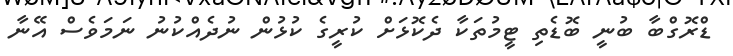
ޑްރޮގްބާ ބުނީ ބޮޑެތި ޓީމުތަކާ ދެކޮޅަށް ކުރީގެ ކުޅުން ނުދެެއްކުނު ނަމަވެސް އޭނާ